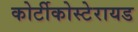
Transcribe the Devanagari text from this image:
कोर्टीकोस्टेरायड